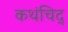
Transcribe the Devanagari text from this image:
कथंचिद्